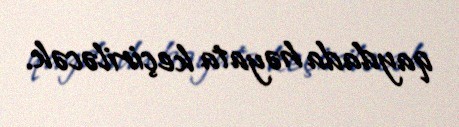
qaydada həyata keçiriləcək.